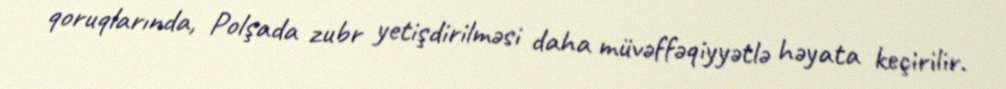
qoruqlarında, Polşada zubr yetişdirilməsi daha müvəffəqiyyətlə həyata keçirilir.